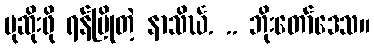
မုဆိုးဖို ရန်ပြိုတဲ့ နာသိင်္ဃ. .. ဘိုးတော်ဒေသ။